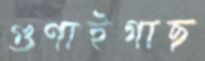
গুণাইগাছ